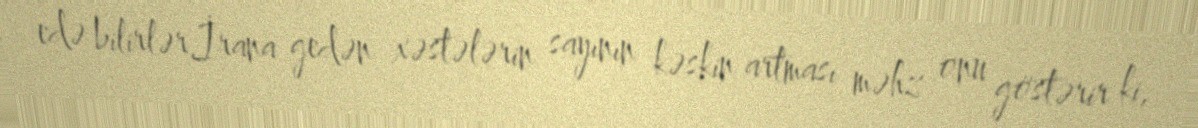
edə bilirlər.İrana gedən xəstələrin sayının kəskin artması məhz onu göstərir ki,